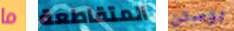
ما المتقاطعة بوستن